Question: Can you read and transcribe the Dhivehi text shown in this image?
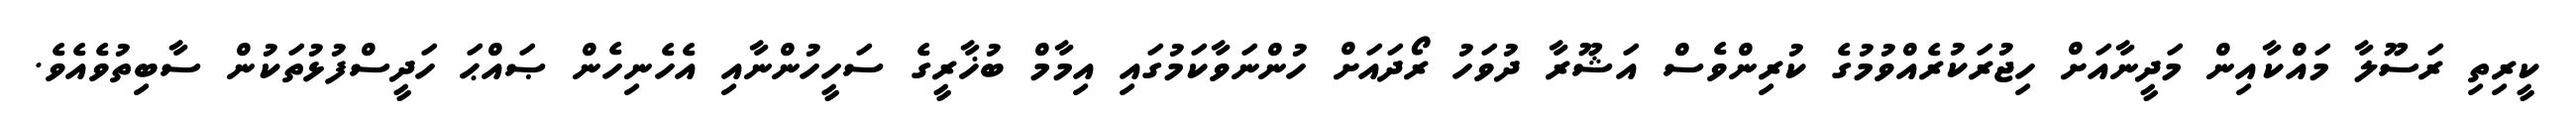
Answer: ކީރިތި ރަސޫލާ މައްކާއިން މަދީނާއަށް ހިޖުރަކުރެއްވުމުގެ ކުރިންވެސް އަޝޫރާ ދުވަހު ރޯދައަށް ހުންނަވާކަމުގައި އިމާމް ބުޚާރީގެ ސަހީހުންނާއި އެހެނިހެން ޞައްޙަ ހަދީސްފުޅުތަކުން ސާބިތުވެއެވެ.